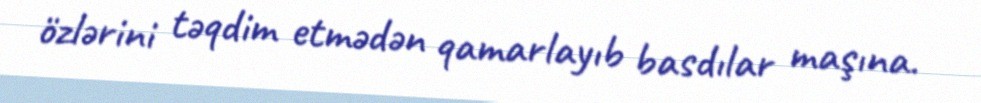
özlərini təqdim etmədən qamarlayıb basdılar maşına.